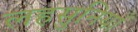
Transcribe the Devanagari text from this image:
लहसुनियाँ